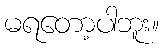
မရတော့ပါဘူး။